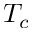
T _ { c }